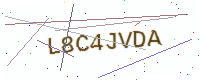
Text: L8C4JVDA